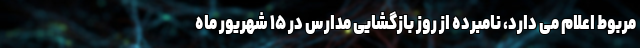
مربوط اعلام می دارد، نامبرده از روز بازگشایی مدارس در ۱۵ شهریور ماه